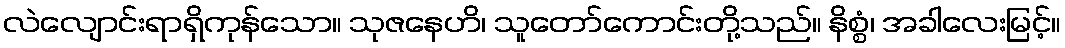
လဲလျောင်းရာရှိကုန်သော။ သုဇနေဟိ၊ သူတော်ကောင်းတို့သည်။ နိစ္စံ၊ အခါလေးမြင့်။